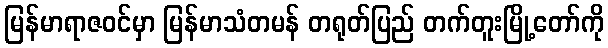
မြန်မာရာဇဝင်မှာ မြန်မာသံတမန် တရုတ်ပြည် တက်တူးမြို့တော်ကို